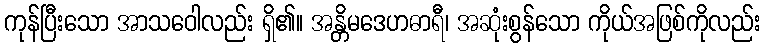
ကုန်ပြီးသော အာသဝေါလည်း ရှိ၏။ အန္တိမဒေဟဓာရီ၊ အဆုံးစွန်သော ကိုယ်အဖြစ်ကိုလည်း